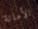
الأمانة